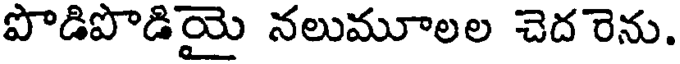
పొడిపొడియై నలుమూలల చెద రెను.